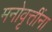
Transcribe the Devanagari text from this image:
मनोवृत्तींना